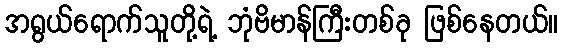
အရွယ်ရောက်သူတို့ရဲ့ ဘုံဗိမာန်ကြီးတစ်ခု ဖြစ်နေတယ်။